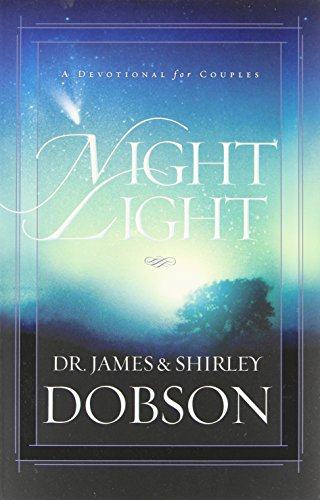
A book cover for Night Light: A Devotional for Couples; James C. Dobson; Parenting & Relationships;